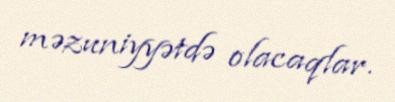
məzuniyyətdə olacaqlar.